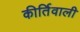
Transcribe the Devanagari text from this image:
कीर्तिवाली